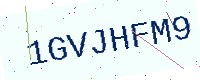
Text: 1GVJHFM9